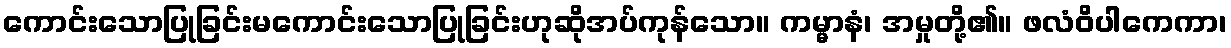
ကောင်းသောပြုခြင်းမကောင်းသောပြုခြင်းဟုဆိုအပ်ကုန်သော။ ကမ္မာနံ၊ အမှုတို့၏။ ဖလံဝိပါကေကာ၊